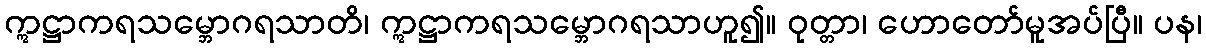
ဣဋ္ဌာကရသမ္ဘောဂရသာတိ၊ ဣဋ္ဌာကရသမ္ဘောဂရသာဟူ၍။ ဝုတ္တာ၊ ဟောတော်မူအပ်ပြီ။ ပန၊